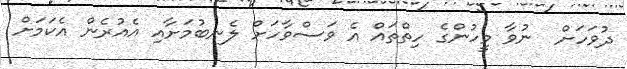
ދުވަހަށް  ނުވާ މީހުންގެ ހިތްތައް އެ ވަސްވާހަށް ލެނބުމަށާއި އެއުރެން އެކަމަށް